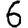
Digit: 6